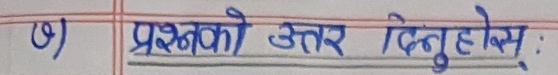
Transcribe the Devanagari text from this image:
प्रशनको उत्तर दिनुहोस् :